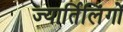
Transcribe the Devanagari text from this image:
ज्यार्तिलिंगों